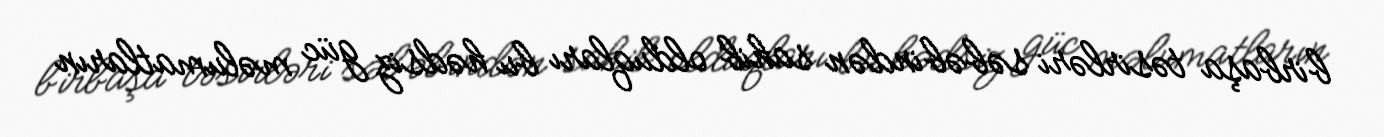
birbaşa təsirləri səbəbindən sahib olduqları bu hədsiz güc məlumatların